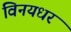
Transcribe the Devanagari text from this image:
विनयधर